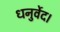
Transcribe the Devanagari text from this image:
धनुर्वेद।